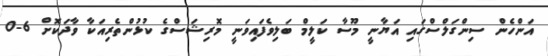
އަންހެން ސިންގަލްސްގައި އަޔާނީ މޫސާ ކަލީމް ބަލިވެފައިވަނީ މޮރިޝަސްގެ ކުޅުންތެރިއަކާ ވާދަކޮށް 6-0